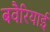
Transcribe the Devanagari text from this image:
बवैरियाई